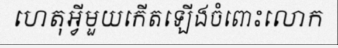
ហេតុអ្វីមួយកើតឡើងចំពោះលោក